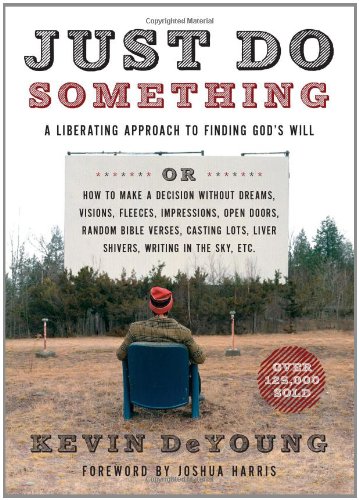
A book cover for Just Do Something: A Liberating Approach to Finding God's Will; Kevin DeYoung; Christian Books & Bibles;